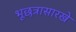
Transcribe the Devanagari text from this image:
भूछत्रासारखे